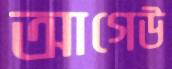
আগেউ